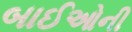
બાઈઓની